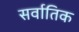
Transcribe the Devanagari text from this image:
सर्वातिक